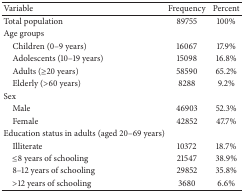
| Variable | Frequency | Percent |
 | --- | --- | --- |
 | Total population | 89755 | 100% |
 | Age groups |  |  |
 | Children (0–9 years) | 16067 | 17.9% |
 | Adolescents (10–19 years) | 15098 | 16.8% |
 | Adults (≥20 years) | 58590 | 65.2% |
 | Elderly (>60 years) | 8288 | 9.2% |
 | Sex |  |  |
 | Male | 46903 | 52.3% |
 | Female | 42852 | 47.7% |
 | Education status in adults (aged 20–69 years) |  |  |
 | Illiterate | 10372 | 18.7% |
 | ≤8 years of schooling | 21547 | 38.9% |
 | 8–12 years of schooling | 29852 | 35.8% |
 | >12 years of schooling | 3680 | 6.6% |